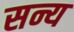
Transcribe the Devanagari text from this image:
सन्य